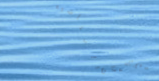
محل بيع الأدوات الرياضية